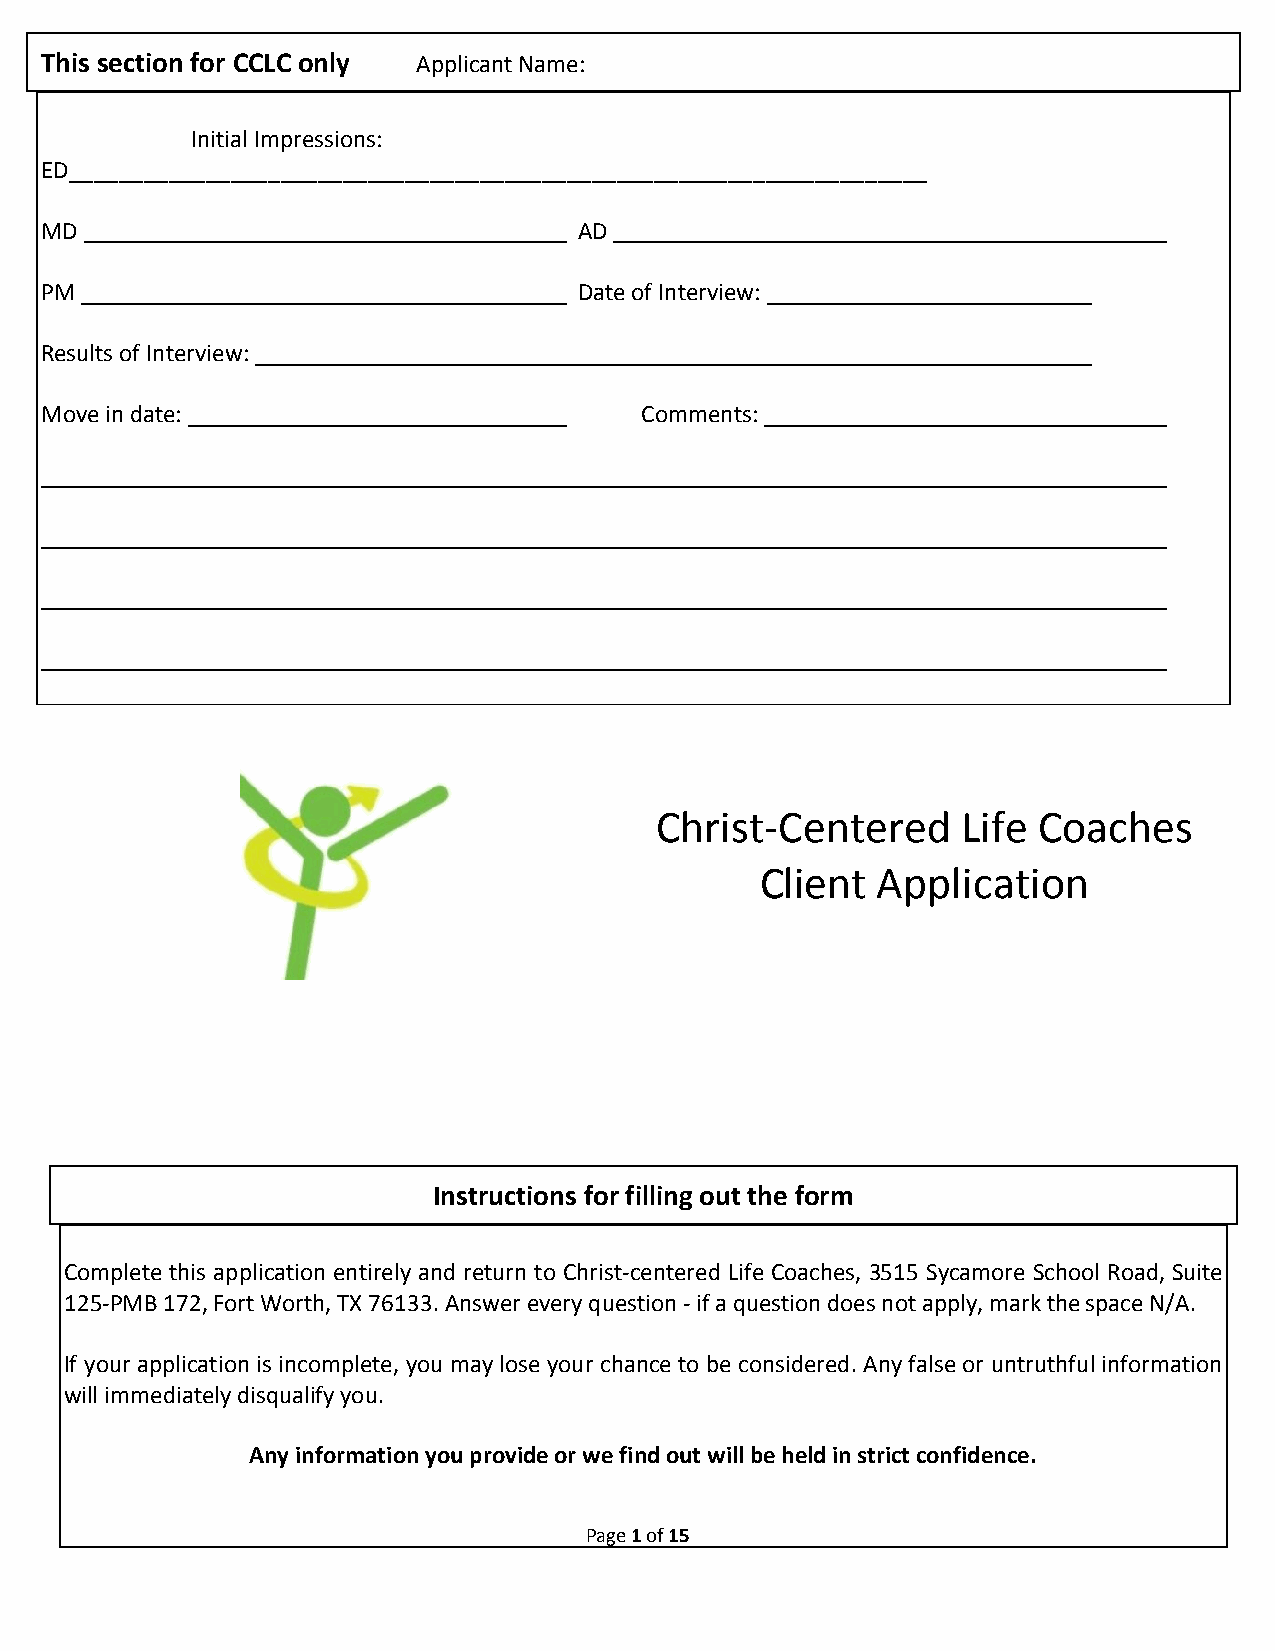
This section for CCLC only Applicant Name:
 Initial Impressions:
 ED_____________________________________________________________________
 MD                                 AD
 PM                                 Date of Interview:
 Results of Interview:
 Move in date:                          Comments:
 Christ-Centered      Life Coaches
 Client  Application
 Instructions for filling out the form
 Complete this application entirely and return to Christ-centered Life Coaches, 3515 Sycamore School Road, Suite
 125-PMB 172, Fort Worth, TX 76133. Answer every question - if a question does not apply, mark the space N/A.
 If your application is incomplete, you may lose your chance to be considered. Any false or untruthful information
 will immediately disqualify you.
 Any information you provide or we find out will be held in strict confidence.
 Page 1 of 15